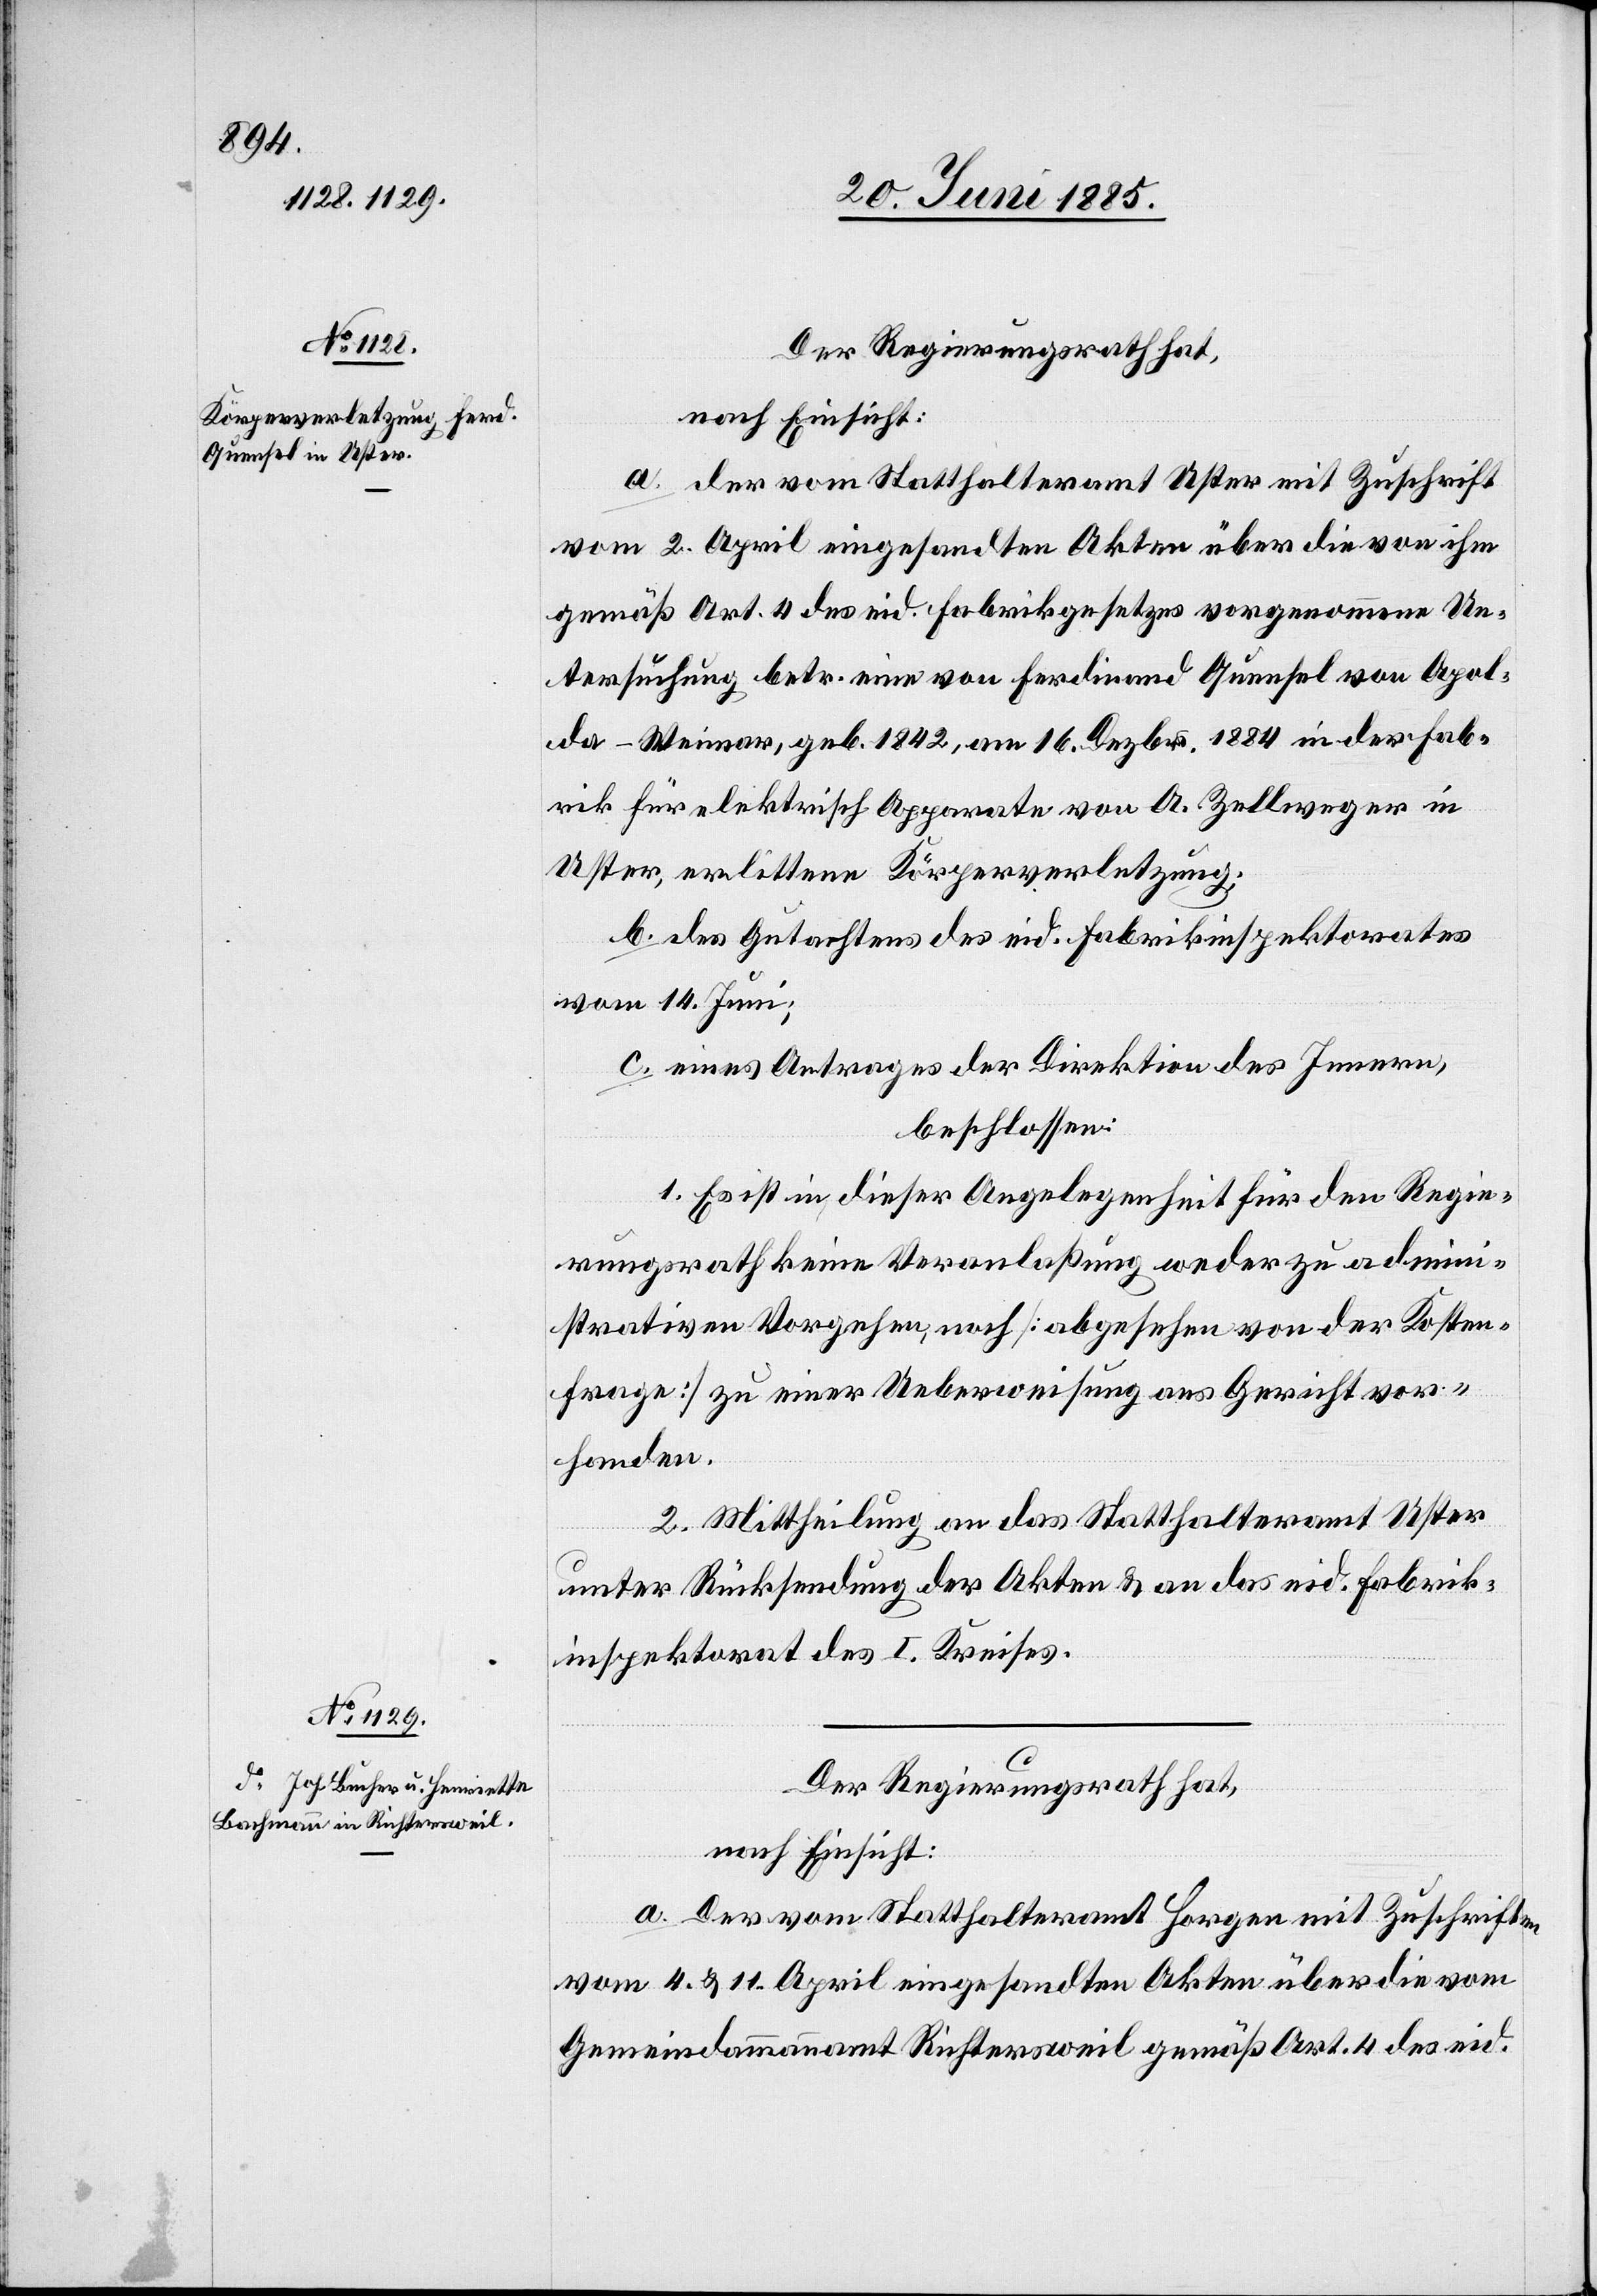
a. der vom Statthalteramt Uster mit Zuschrift
vom 2. April eingesandten Akten über die von ihm
gemäß Art. 4 des eid. Fabrikgesetzes vorgenommene Un¬
tersuchung betr. eine von Ferdinand Quensel von Apol¬
da - Weimar, geb. 1842, am 16. Dezbr. 1884 in der Fab¬
rik für elektrisch[e] Apparate von A. Zellweger in
Uster, erlittene Köperverletzung;
b. des Gutachtens des eid. Fabrikinspektorates
vom 14. Juni;
c. eines Antrages der Direktion des Innern,
beschlossen:
1. Es ist in dieser Angelegenheit für den Regie¬
rungsrath keine Veranlaßung weder zu admin¬
istrativen Vorgehen, noch [abgesehen von der Kosten¬
frage] zu einer Ueberweisung ans Gericht vor¬
handen.
2. Mittheilung an das Statthalteramt Uster
unter Rücksendung der Akten & an das eid. Fabrik¬
inspektorat des I. Kreises.
Der Regierungsrath hat,
nach Einsicht:
a. Der vom Statthalteramt Horgen mit Zuschriften
vom 4. & 11. April eingesandten Akten über die vom
Gemeindeammannamt Richtersweil gemäß Art. 4 des eid.